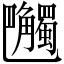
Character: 𧥔